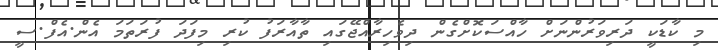
މި ކާޑަކީ ދަރިވަރުންނަށް ހާއްސަކޮށްގެން ދިވެހިރާއްޖޭގައި ތާއާރަފު ކުރި މިފަދަ ފުރަތަމަ އެން.އެފް.ސީ